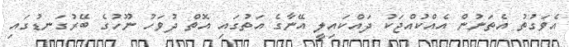
އެވަގުތު އެތަނުން އެއްކުއްޖަކު ދައްކައިލީ އޭނާގެ އަތުގައި އޮތް ދުވަހު ނޫހުގެ ބޭރުގަނޑުގައި